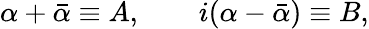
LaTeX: \alpha+\bar{\alpha}\equiv A,\qquad i(\alpha-\bar{\alpha})\equiv B,